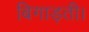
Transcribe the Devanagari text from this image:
बिगाड़ती।